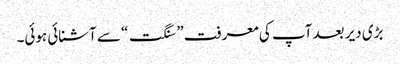
بڑی دیر بعد آپ کی معرفت ” سنگت“ سے آشنائی ہوئی۔